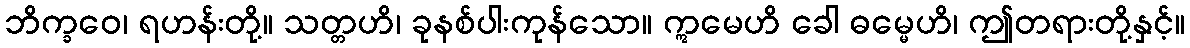
ဘိက္ခဝေ၊ ရဟန်းတို့။ သတ္တဟိ၊ ခုနစ်ပါးကုန်သော။ ဣမေဟိ ခေါ ဓမ္မေဟိ၊ ဤတရားတို့နှင့်။